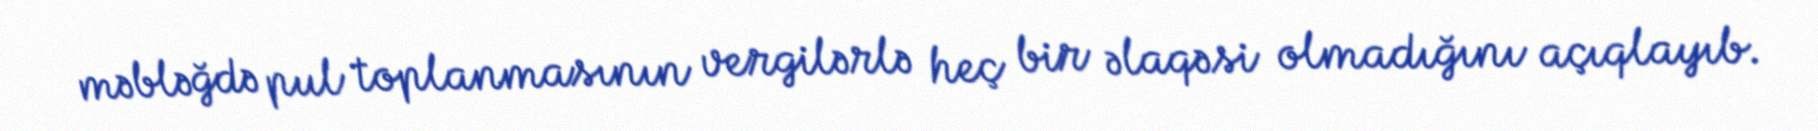
məbləğdə pul toplanmasının vergilərlə heç bir əlaqəsi olmadığını açıqlayıb.